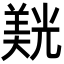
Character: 𮊮